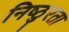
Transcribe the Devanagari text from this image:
निष्‍ठुरता